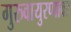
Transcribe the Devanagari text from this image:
गुरुवायुरप्पावर